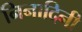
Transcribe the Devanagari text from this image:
निनादिनी